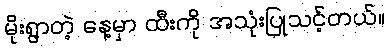
မိုးရွာတဲ့ နေ့မှာ ထီးကို အသုံးပြုသင့်တယ်။